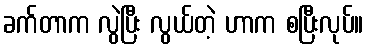
ခက်တာက လွဲပြီး လွယ်တဲ့ ဟာက စပြီးလုပ်။